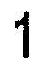
1